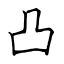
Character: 凸